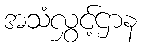
အသံလွှင့်ဌာန